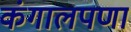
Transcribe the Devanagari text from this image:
कंगालपणा